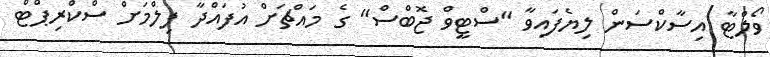
ވޯލްޓާ އިސާކްސަން ލިޔެފައިވާ "ސްޓީވް ޖޮބްސް" ގެ މައްޗަށް އުފައްދާ ފިލްމަށް ސްކްރިޕްޓް